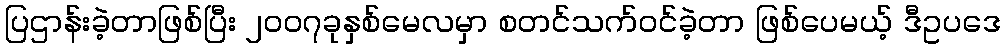
ပြဌာန်းခဲ့တာဖြစ်ပြီး ၂၀၀၇ခုနှစ်မေလမှာ စတင်သက်ဝင်ခဲ့တာ ဖြစ်ပေမယ့် ဒီဥပဒေ